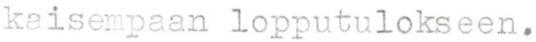
kaisempaan lopputulokseen.